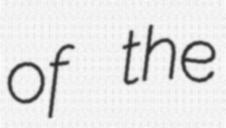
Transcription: of the